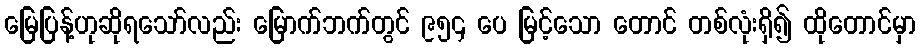
မြေပြန့်ဟုဆိုရသော်လည်း မြောက်ဘက်တွင် ၉၅၄ ပေ မြင့်သော တောင် တစ်လုံးရှိ၍ ထိုတောင်မှာ